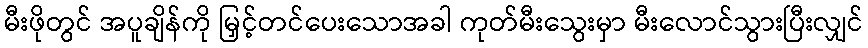
မီးဖိုတွင် အပူချိန်ကို မြှင့်တင်ပေးသောအခါ ကုတ်မီးသွေးမှာ မီးလောင်သွားပြီးလျှင်